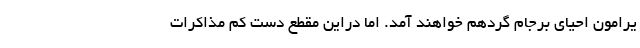
یرامون احیای برجام گردهم‌ خواهند آمد. اما دراین مقطع دست کم مذاکرات